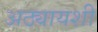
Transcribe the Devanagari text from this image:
अठ्यायशी